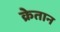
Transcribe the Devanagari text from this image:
क्रेतान